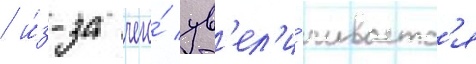
/ и́з-за чего́ ув'ел'и́чиваетс'я